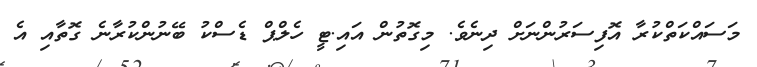
މަސައްކަތްކުރާ އޮފިސަރުންނަށް ދިނެވެ. މިގޮތުން އައި.ޓީ ހެލްޕް ޑެސްކު ބޭނުންކުރާނެ ގޮތާއި އެ